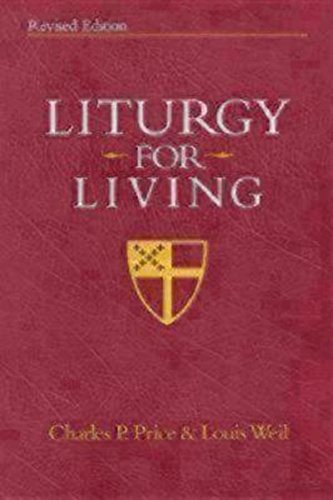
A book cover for Liturgy for Living; Louis Weil; Christian Books & Bibles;